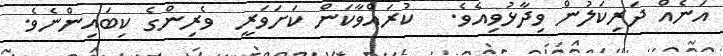
އަނެއް ދަރިކަލުން ވިދާޅުވިއެވެ.   ކުރައްވާކަން ކަށަވަރީ  ވެރިންގެ ކިބައިންނެވެ.